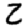
Digit: 2